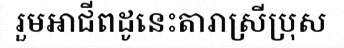
រួមអាជីពដូនេះតារាស្រីប្រុស